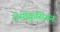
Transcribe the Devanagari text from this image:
रोसीक्रुसियन